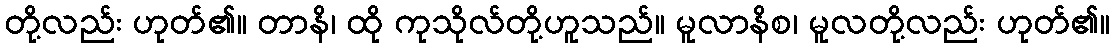
တို့လည်း ဟုတ်၏။ တာနိ၊ ထို ကုသိုလ်တို့ဟူသည်။ မူလာနိစ၊ မူလတို့လည်း ဟုတ်၏။